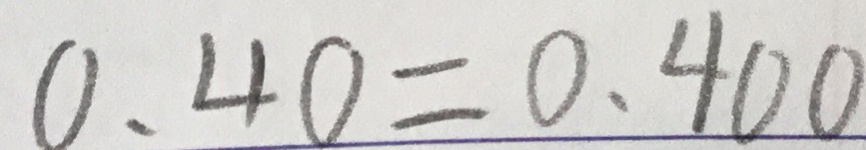
0 . 4 0 = 0 . 4 0 0